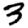
Digit: 3